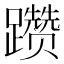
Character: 躜